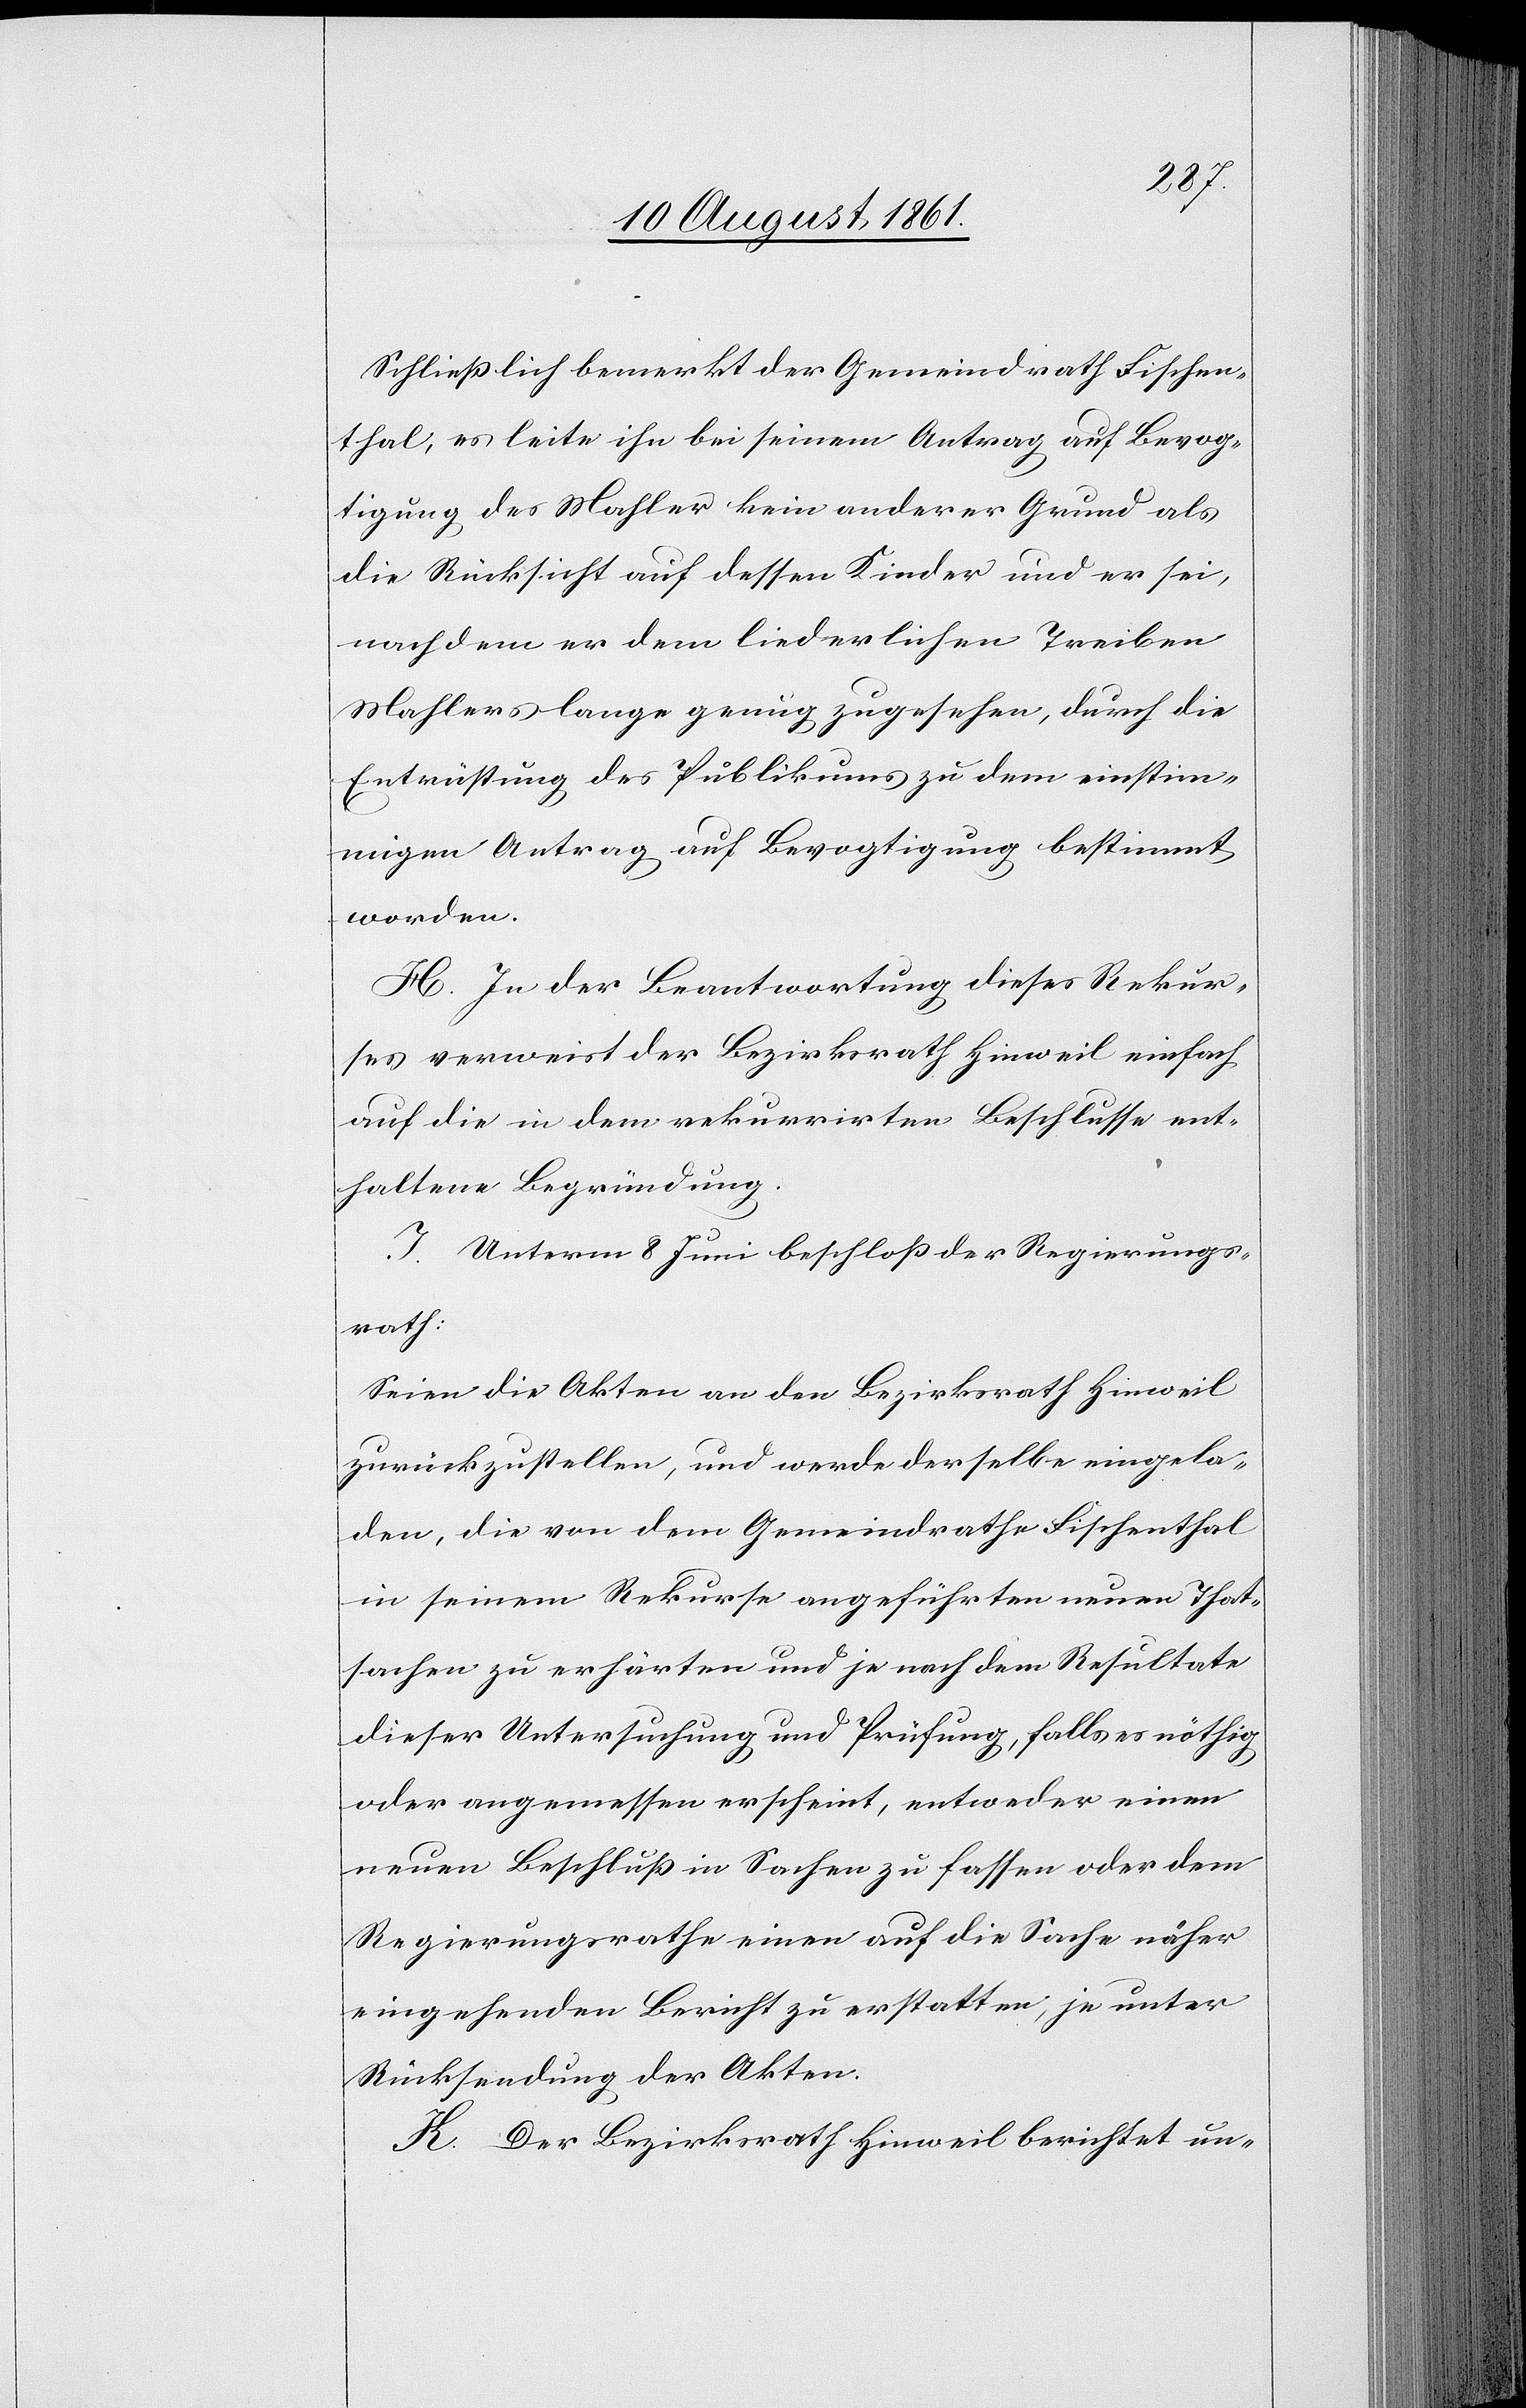
Schließlich bemerkt der Gemeindrath Fischen¬
thal, es leite ihn bei seinem Antrag auf Bevog¬
tigung des Mahler kein anderer Grund als
die Rücksicht auf dessen Kinder und er sei,
nachdem er dem liederlichen Treiben
Mahlers lange genug zugesehen, durch die
Entrüstung des Publikums zu dem einstim¬
migen Antrag auf Bevogtigung bestimmt
worden.
H. In der Beantwortung dieses Rekur¬
ses verweist der Bezirksrath Hinweil einfach
auf die in dem rekurrirten Beschlusse ent¬
haltene Begründung.
J. Unterm 8 Juni beschloß der Regierungs¬
rath:
Seien die Akten an den Bezirksrath Hinweil
zurückzustellen, und werde derselbe eingela¬
den, die von dem Gemeindrathe Fischenthal
in seinem Rekurse angeführten neuen That¬
sachen zu erhärten und je nach dem Resultate
dieser Untersuchung und Prüfung, falls es nöthig
oder angemessen erscheint, entweder einen
neuen Beschluß in Sachen zu fassen oder dem
Regierungsrathe einen auf die Sache näher
eingehenden Bericht zu erstatten, je unter
Rücksendung der Akten.
K. Der Bezirksrath Hinweil berichtet un-